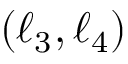
( \ell _ { 3 } , \ell _ { 4 } )